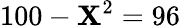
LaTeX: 100-\mathbf{X}^{2}=96